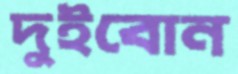
দুইবোন